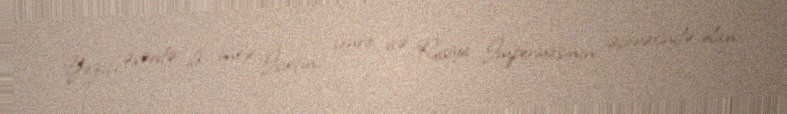
Yazıçı əsərdə ilk öncə İsveçin, sonra isə Rusiya İmperiyasının əsarətində olan